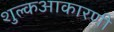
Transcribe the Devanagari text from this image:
शुल्कआकारणी